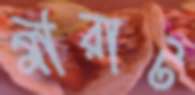
মীরাট